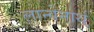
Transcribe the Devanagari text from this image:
लान्वेनार्थ